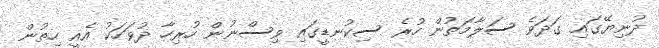
ދުނިޔޭގައި ގަދަވެ ސަލާމަތުން ހުރެ ސިކުނޑީގައި ވިސްނުން ހުރިހާ ދުވަހަކު އެއީ ހިތުން